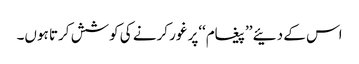
اس کے دئیے ’’پیغام‘‘پر غور کرنے کی کوشش کرتا ہوں۔